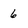
Character: 6